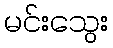
မင်းသွေး